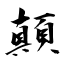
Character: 顛